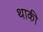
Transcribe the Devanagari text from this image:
थाकी